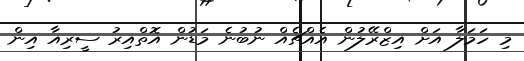
މި ހަމަލާ އަށް އިޒްރޭލުން އެއްޗެއް ނުބުނެ މަޑުން އޮތްއިރު ސީރިއާ އިން